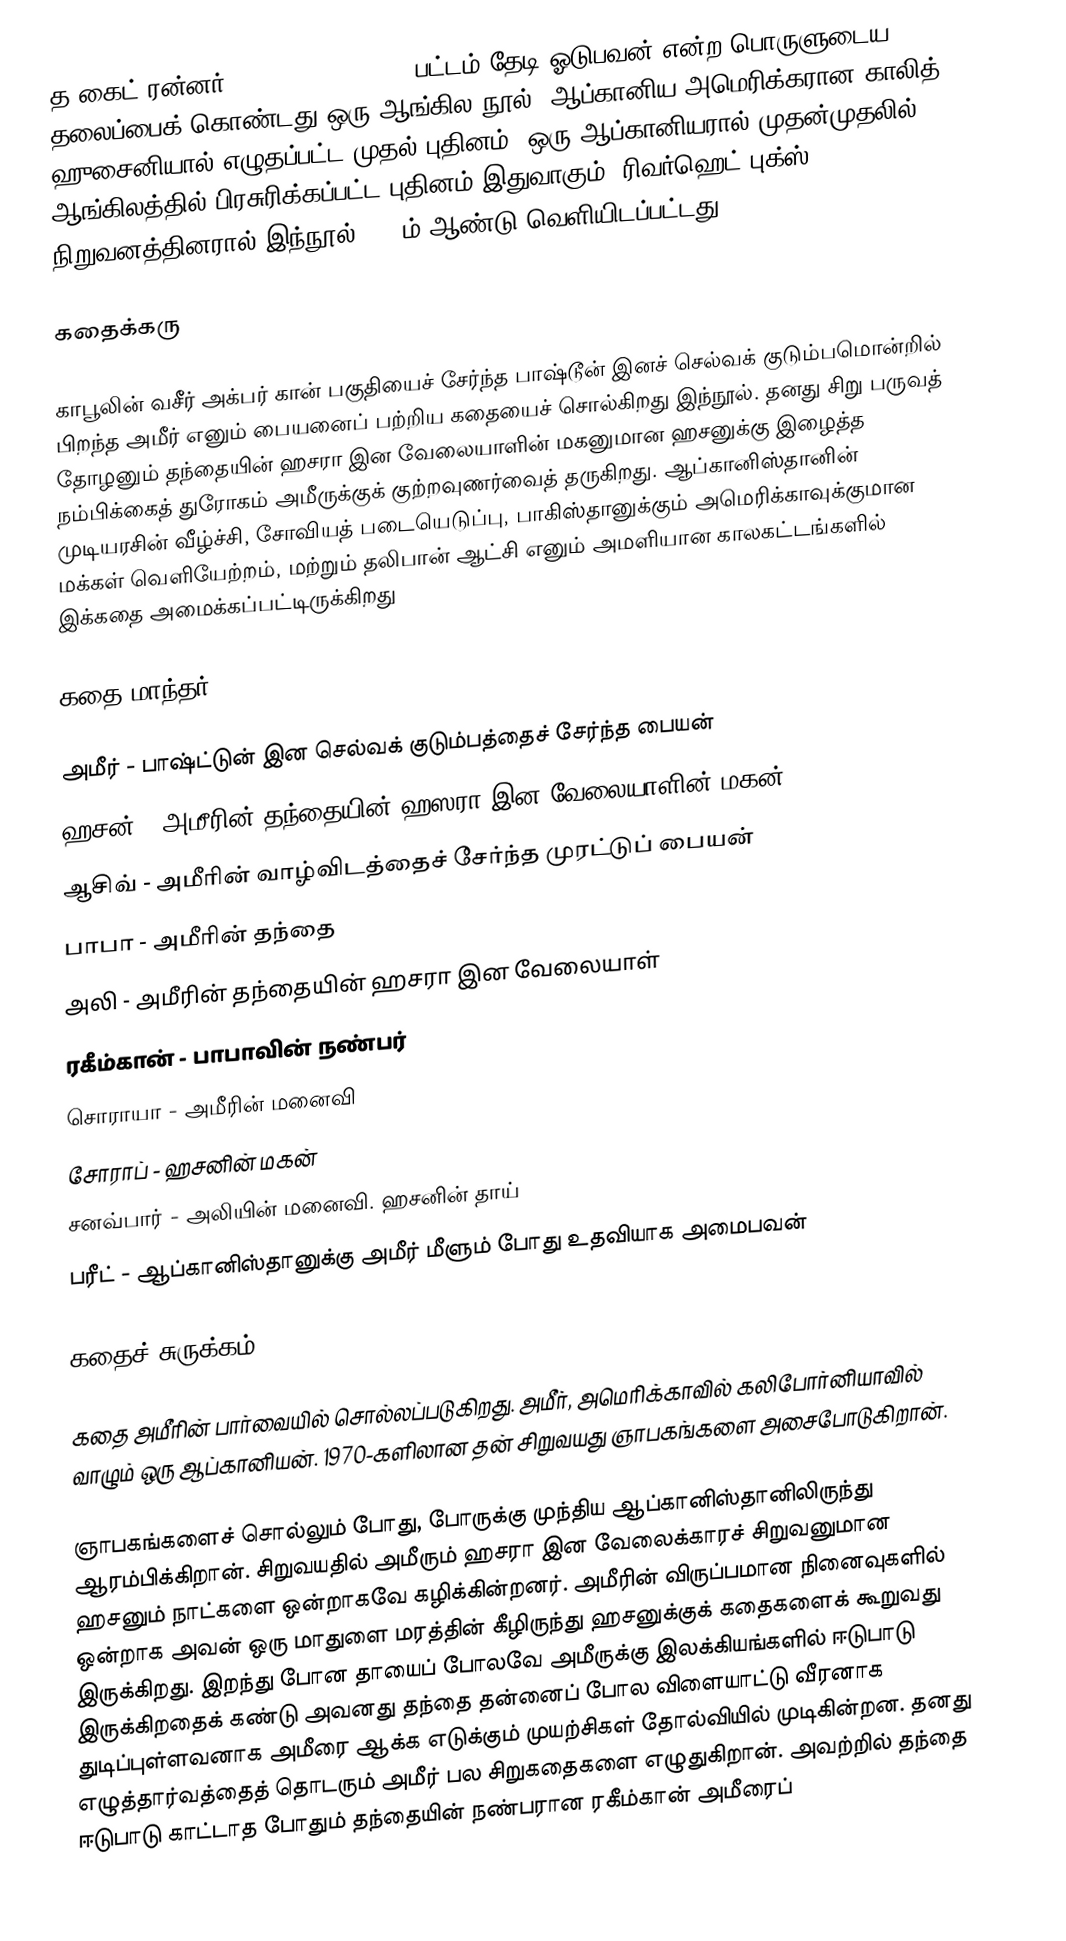
த கைட் ரன்னர் (The Kite Runner): பட்டம் தேடி ஓடுபவன் என்ற பொருளுடைய தலைப்பைக் கொண்டது ஒரு ஆங்கில நூல். ஆப்கானிய-அமெரிக்கரான காலித் ஹுசைனியால் எழுதப்பட்ட முதல் புதினம். ஒரு ஆப்கானியரால் முதன்முதலில் ஆங்கிலத்தில் பிரசுரிக்கப்பட்ட புதினம் இதுவாகும். ரிவர்ஹெட் புக்ஸ் நிறுவனத்தினரால் இந்நூல் 2003ம் ஆண்டு வெளியிடப்பட்டது.

கதைக்கரு

காபூலின் வசீர் அக்பர் கான் பகுதியைச் சேர்ந்த பாஷ்டூன் இனச் செல்வக் குடும்பமொன்றில் பிறந்த அமீர் எனும் பையனைப் பற்றிய கதையைச் சொல்கிறது இந்நூல். தனது சிறு பருவத் தோழனும் தந்தையின் ஹசரா இன வேலையாளின் மகனுமான ஹசனுக்கு இழைத்த நம்பிக்கைத் துரோகம் அமீருக்குக் குற்றவுணர்வைத் தருகிறது. ஆப்கானிஸ்தானின் முடியரசின் வீழ்ச்சி, சோவியத் படையெடுப்பு, பாகிஸ்தானுக்கும் அமெரிக்காவுக்குமான மக்கள் வெளியேற்றம், மற்றும் தலிபான் ஆட்சி எனும் அமளியான காலகட்டங்களில் இக்கதை அமைக்கப்பட்டிருக்கிறது

கதை மாந்தர்

 அமீர் - பாஷ்ட்டுன் இன செல்வக் குடும்பத்தைச் சேர்ந்த பையன்
 ஹசன் - அமீரின் தந்தையின் ஹஸரா இன வேலையாளின் மகன்
 ஆசிவ் - அமீரின் வாழ்விடத்தைச் சேர்ந்த முரட்டுப் பையன்
 பாபா - அமீரின் தந்தை
 அலி - அமீரின் தந்தையின் ஹசரா இன வேலையாள்
 ரகீம்கான் - பாபாவின் நண்பர்
 சொராயா - அமீரின் மனைவி
 சோராப் - ஹசனின் மகன்
 சனவ்பார் - அலியின் மனைவி. ஹசனின் தாய்
 பரீட் - ஆப்கானிஸ்தானுக்கு அமீர் மீளும் போது உதவியாக அமைபவன்

கதைச் சுருக்கம்

கதை அமீரின் பார்வையில் சொல்லப்படுகிறது. அமீர், அமெரிக்காவில் கலிபோர்னியாவில் வாழும் ஒரு ஆப்கானியன். 1970-களிலான தன் சிறுவயது ஞாபகங்களை அசைபோடுகிறான்.

ஞாபகங்களைச் சொல்லும் போது, போருக்கு முந்திய ஆப்கானிஸ்தானிலிருந்து ஆரம்பிக்கிறான். சிறுவயதில் அமீரும் ஹசரா இன வேலைக்காரச் சிறுவனுமான ஹசனும் நாட்களை ஒன்றாகவே கழிக்கின்றனர். அமீரின் விருப்பமான நினைவுகளில் ஒன்றாக அவன் ஒரு மாதுளை மரத்தின் கீழிருந்து ஹசனுக்குக் கதைகளைக் கூறுவது இருக்கிறது. இறந்து போன தாயைப் போலவே அமீருக்கு இலக்கியங்களில் ஈடுபாடு இருக்கிறதைக் கண்டு அவனது தந்தை தன்னைப் போல விளையாட்டு வீரனாக துடிப்புள்ளவனாக அமீரை ஆக்க எடுக்கும் முயற்சிகள் தோல்வியில் முடிகின்றன. தனது எழுத்தார்வத்தைத் தொடரும் அமீர் பல சிறுகதைகளை எழுதுகிறான். அவற்றில் தந்தை ஈடுபாடு காட்டாத போதும் தந்தையின் நண்பரான ரகீம்கான் அமீரைப்